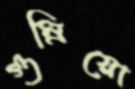
গুম্‌রিয়ো